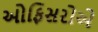
ઓફિસરોએ